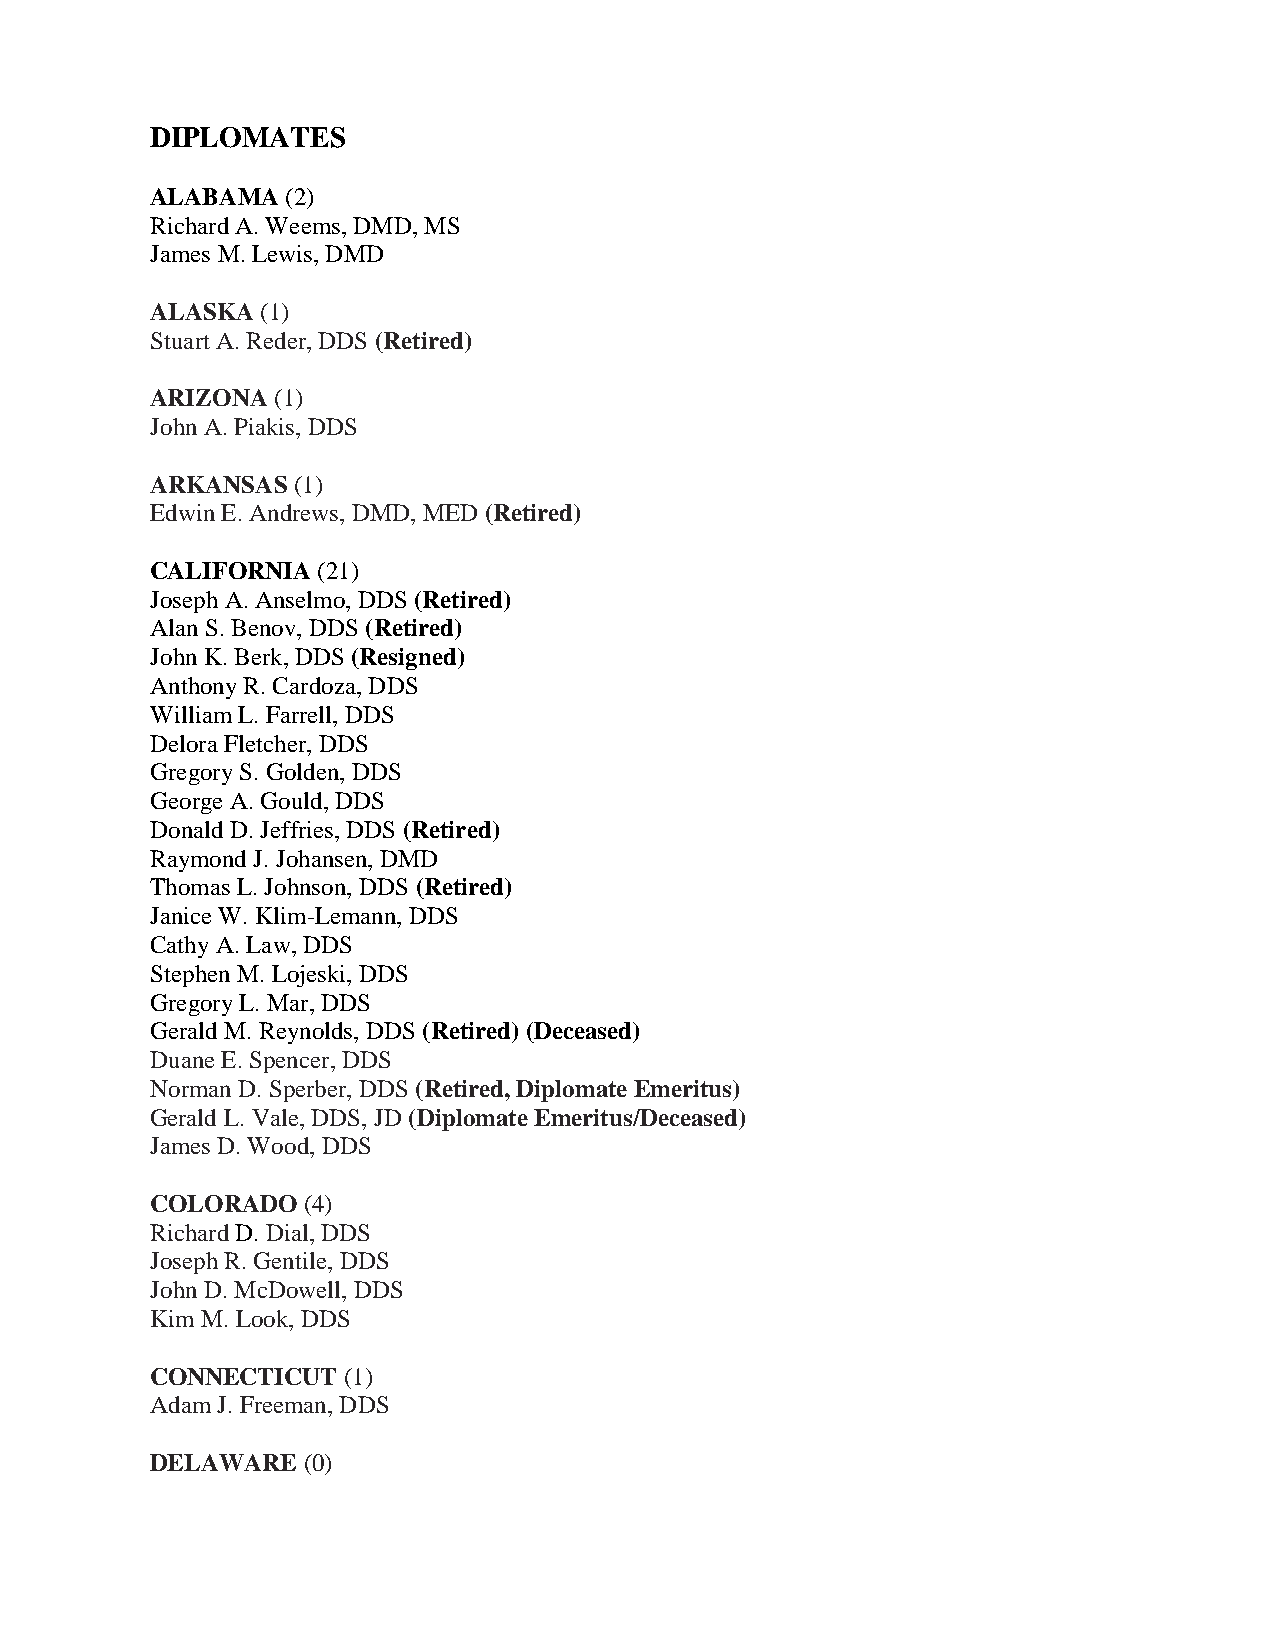
DIPLOMATES
 ALABAMA  (2)
 Richard A. Weems, DMD, MS
 James M. Lewis, DMD
 ALASKA (1)
 Stuart A. Reder, DDS (Retired)
 ARIZONA (1)
 John A. Piakis, DDS
 ARKANSAS (1)
 Edwin E. Andrews, DMD, MED (Retired)
 CALIFORNIA (21)
 Joseph A. Anselmo, DDS (Retired)
 Alan S. Benov, DDS (Retired)
 John K. Berk, DDS (Resigned)
 Anthony R. Cardoza, DDS
 William L. Farrell, DDS
 Delora Fletcher, DDS
 Gregory S. Golden, DDS
 George A. Gould, DDS
 Donald D. Jeffries, DDS (Retired)
 Raymond J. Johansen, DMD
 Thomas L. Johnson, DDS (Retired)
 Janice W. Klim-Lemann, DDS
 Cathy A. Law, DDS
 Stephen M. Lojeski, DDS
 Gregory L. Mar, DDS
 Gerald M. Reynolds, DDS (Retired) (Deceased)
 Duane E. Spencer, DDS
 Norman D. Sperber, DDS (Retired, Diplomate Emeritus)
 Gerald L. Vale, DDS, JD (Diplomate Emeritus/Deceased)
 James D. Wood, DDS
 COLORADO  (4)
 Richard D. Dial, DDS
 Joseph R. Gentile, DDS
 John D. McDowell, DDS
 Kim M. Look, DDS
 CONNECTICUT  (1)
 Adam J. Freeman, DDS
 DELAWARE  (0)